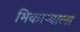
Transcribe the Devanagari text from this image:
भिकाऱ्याला